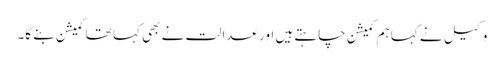
وکیل نے کہا ہم کمیشن چاہتے ہیں اور عدالت نے بھی کہا تھا کمیشن بنے گا۔